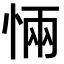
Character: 𭝏